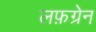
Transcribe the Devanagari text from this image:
लफ़ग्रेन